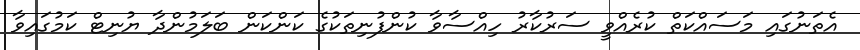
އެތަނުގައި މަސައްކަތް ކުރެއްވީ ސަރުކާރު ހިއްސާވާ ކުންފުނިތަކުގެ ކަންކަން ބަލަމުންދާ ޔުނިޓް ކަމުގައިވާ